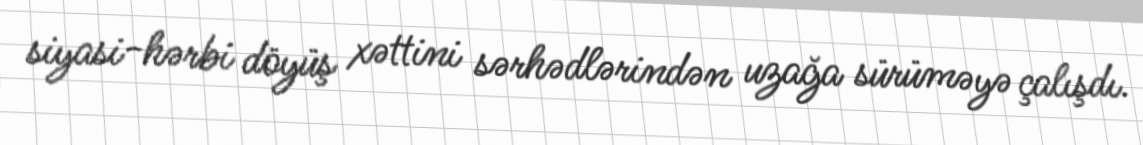
siyasi-hərbi döyüş xəttini sərhədlərindən uzağa sürüməyə çalışdı.